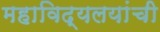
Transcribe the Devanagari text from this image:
महाविद्यलयांची